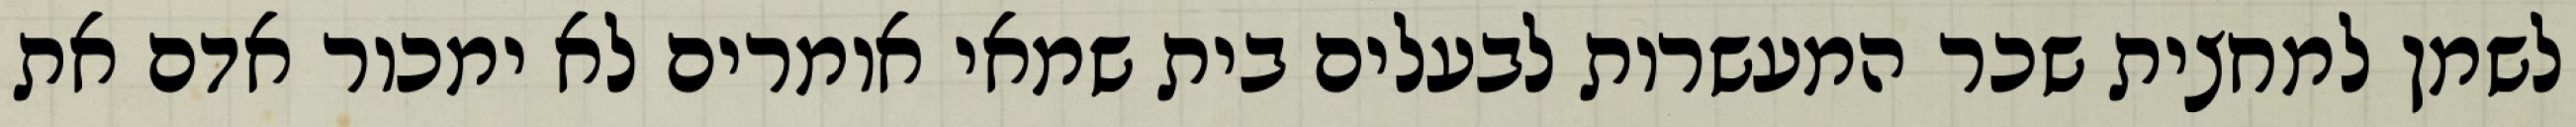
לשמן למחצית שכר המעשרות לבעלים בית שמאי אומרים לא ימכור אדם את